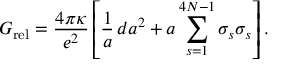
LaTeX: { \cal G } _ { \mathrm { r e l } } = \frac { 4 \pi \kappa } { e ^ { 2 } } \left[ \frac { 1 } { a } \, d a ^ { 2 } + a \sum _ { s = 1 } ^ { 4 N - 1 } \sigma _ { s } \sigma _ { s } \right] .